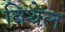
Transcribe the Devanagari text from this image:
बिथेल